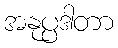
အနုပ္ပဒါတာ